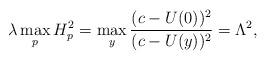
LaTeX: \begin{align*} \lambda \max_p H_p^2 = \max_y \frac{(c-U(0))^2}{(c-U(y))^2} = \Lambda^2, \end{align*}